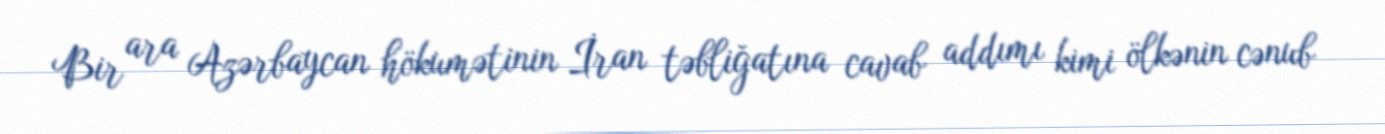
Bir ara Azərbaycan hökumətinin İran təbliğatına cavab addımı kimi ölkənin cənub